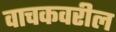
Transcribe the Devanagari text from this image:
वाचकवरील